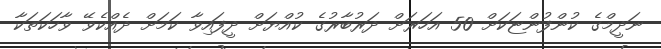
ނަދީމްގެ ކުންފުންޏަކަށް 50 އަހަރަށް ދަރުބާރުގެ ކުއްޔަށް ދީފައިވާ ކަމަށް ދެއްކެވޭ ވާހަކަތަކާ